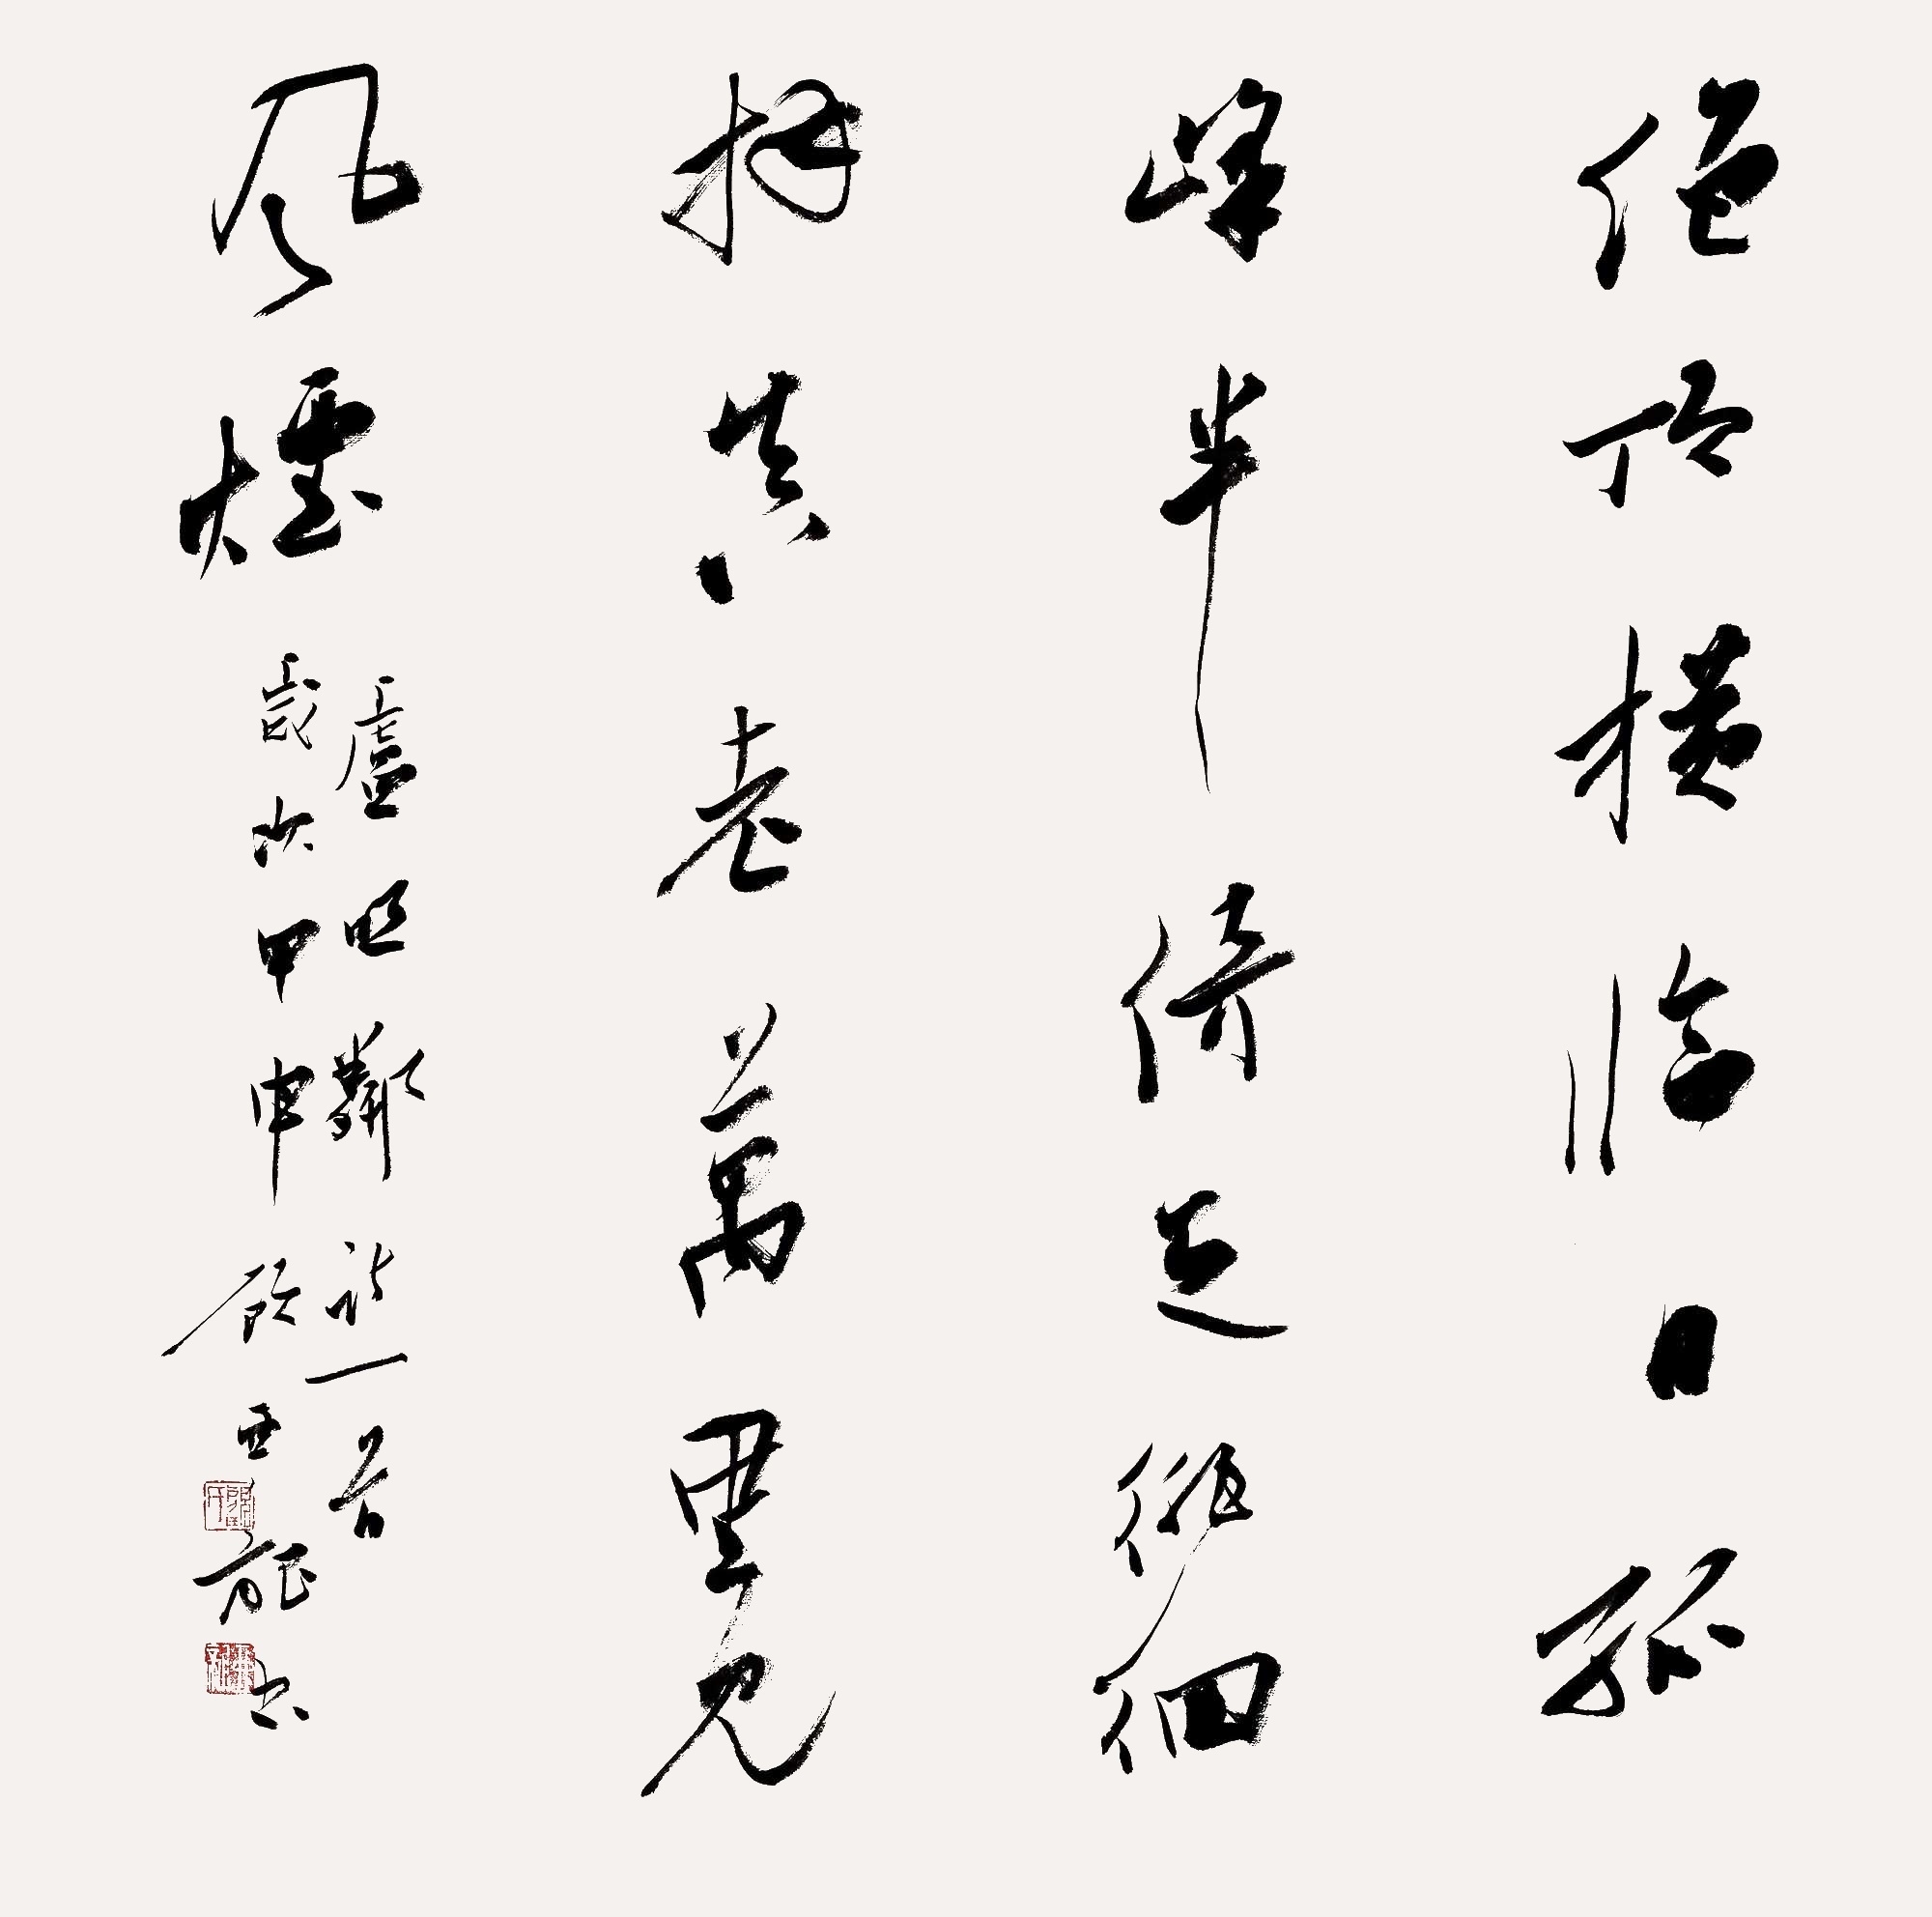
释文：绝顶横临日，孤峰半倚天。裴回拜真老，万里见风烟。岁次甲申，顾亚龙书。